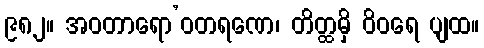
၉၈၂။ အဝတာရော’ဝတရဏေ၊ တိတ္ထမှိ ဝိဝရေ ပျထ။